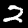
Label: 2